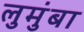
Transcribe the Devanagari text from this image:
लुमुंबा